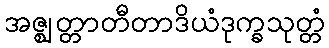
အဇ္ဈတ္တာတီတာဒိယံဒုက္ခသုတ္တံ